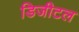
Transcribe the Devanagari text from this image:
डिजीटल